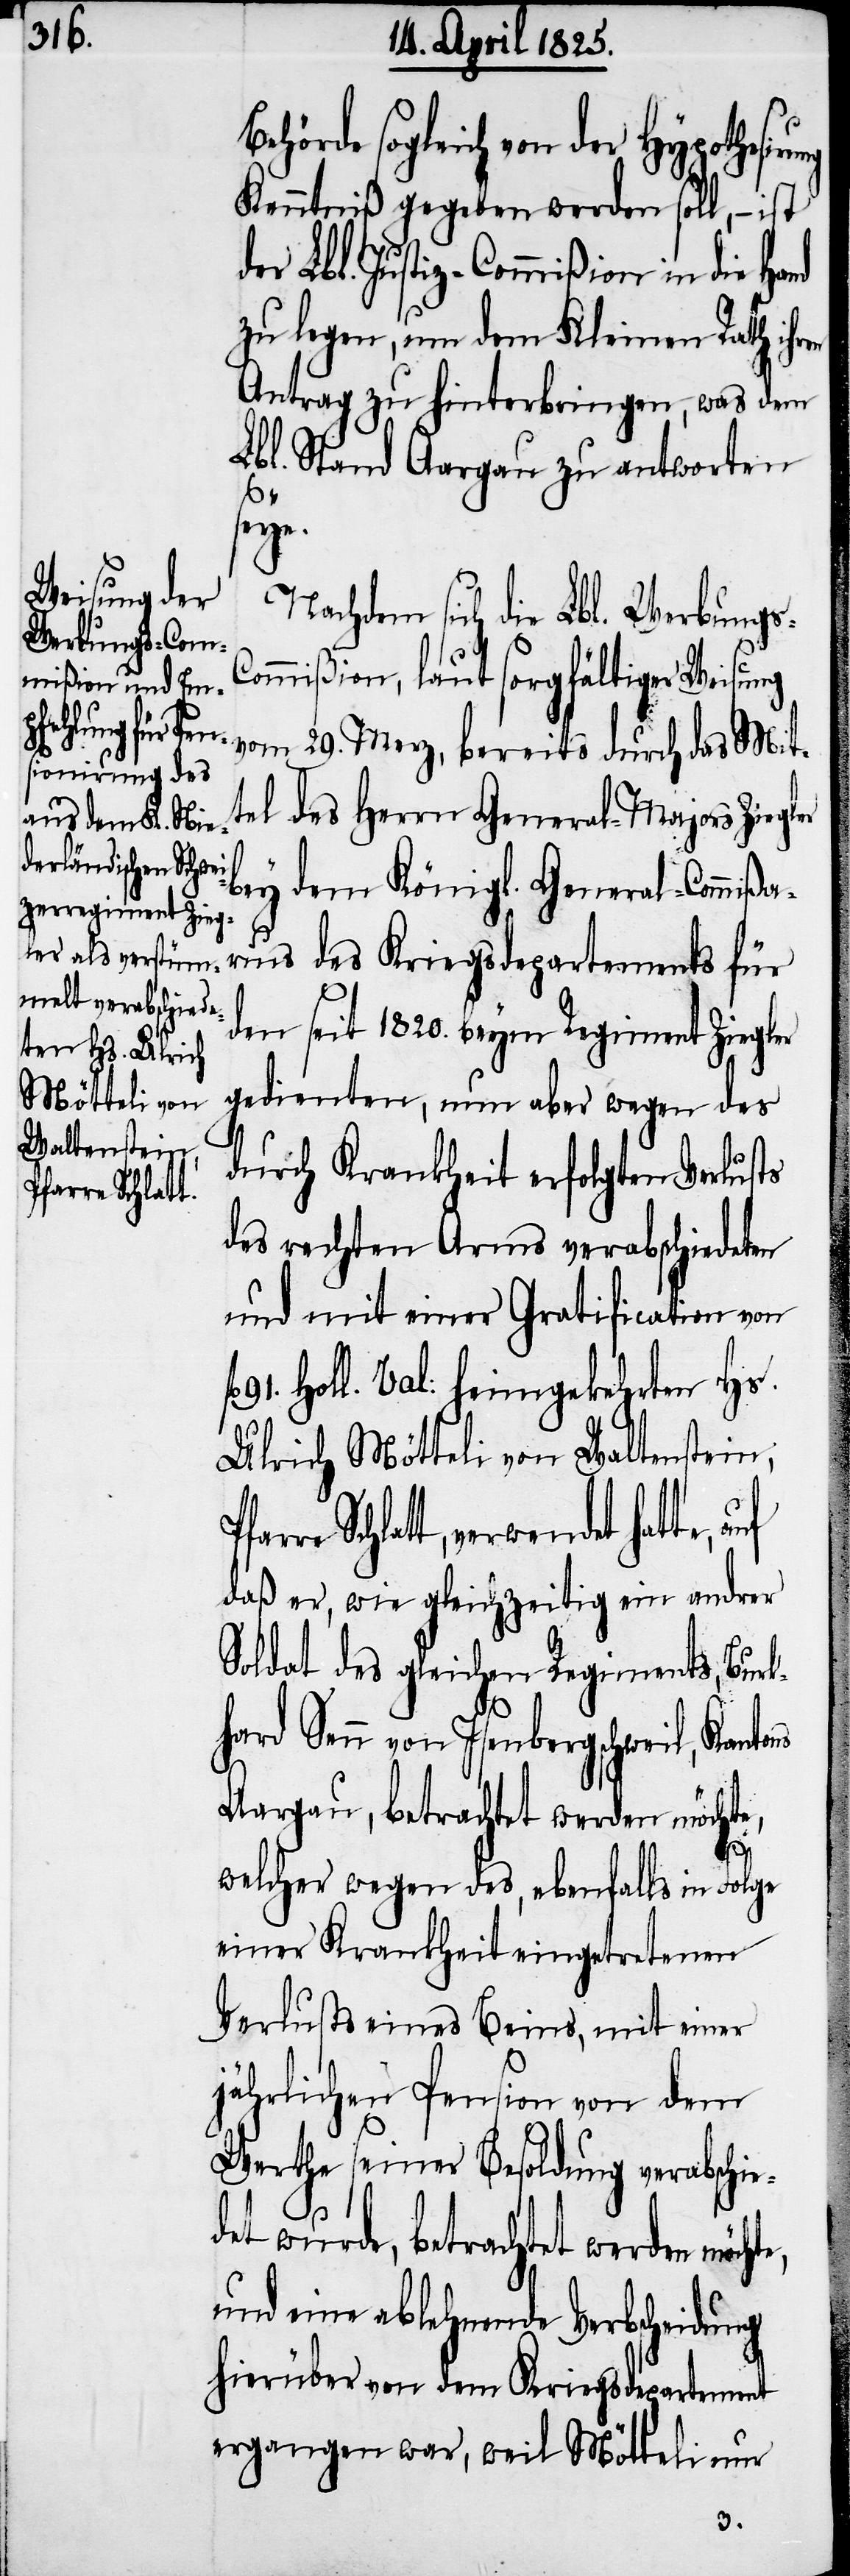
Pfarre Schla¬

hörde sogleich von der Hypothesir¬
Kenntniß gegeben werden soll, − ist
der Lbl. Justiz-Commißion in die Hand
zu legen, um dem Kleinen Rath ihr¬
Antrag zu hinterbringen, was dem
Lbl. Stand Aargau zu antworten
e,
Nachdem sich die Lbl. Werbung¬
ommißion, laut sorgfältiger Weisung
vom 29. Merz, bereits durch das Mit¬
tel des Herrn General-Majors Zieg¬
bey dem Königl. General-Commißa¬
ruius des Kriegsdepartements für
den seit 1820. beym Regiment Ziegler
gedienten, nun aber wegen des
durch Krankheit erfolgten Verlusts
des rechten Arms verabschiedeten
und mit einer Gratification von
91. Holl. Val: heimgekehrten Hs.
Ulrich Mötteli von Waltenstein,
tt, verwendet hatte,
daß er, wie gleichzeitig ein andrer
Soldat des gleichen Regiments, Burk¬
hard Senn von Isenbergschweil, Kantons
Aargau, betrachtet werden möchte,
welcher wegen des, ebenfalls in Folge
einer Krankheit eingetretenen
Verlusts eines Beins, mit einer
jährlichen Pension von dem
Werthe seiner Besoldung verabschie¬
det wurde, betrachtet werden möcht¬
und eine ablehnende Verbscheidung
hierüber von dem Kriegsdepartement
ergangen war, weil Mötteli nur